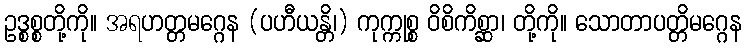
ဥဒ္စစ္စတို့ကို။ အရဟတ္တမဂ္ဂေန (ပဟီယန္တိ၊) ကုက္ကုစ္စ ဝိစိကိစ္ဆာ၊ တို့ကို။ သောတာပတ္တိမဂ္ဂေန